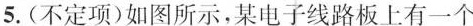
5. (不定项)如图所示，某电子线路板上有一个